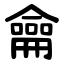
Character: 龠